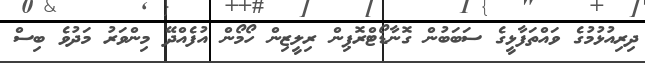
ދިރިއުޅުމުގެ ވައްތަފާޅީގެ ސަބަބުން ގޮނާޑޯޓްރޮޕިން ރިލީޒިން ހޯމޯން އުފެއްދޭ މިންވަރު މަދުވެ ބިސް